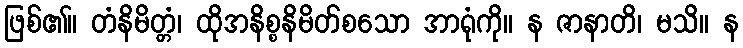
ဖြစ်၏။ တံနိမိတ္တံ၊ ထိုအနိစ္စနိမိတ်စသော အာရုံကို။ န ဇာနာတိ၊ မသိ။ န